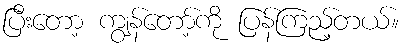
ပြီးတော့ ကျွန်တော့်ကို ပြန်ကြည့်တယ်။